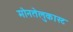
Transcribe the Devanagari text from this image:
मोनतेलुकास्ट